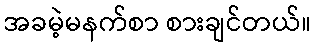
အခမဲ့မနက်စာ စားချင်တယ်။